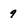
Character: 9